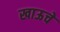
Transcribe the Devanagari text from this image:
खाऊचे